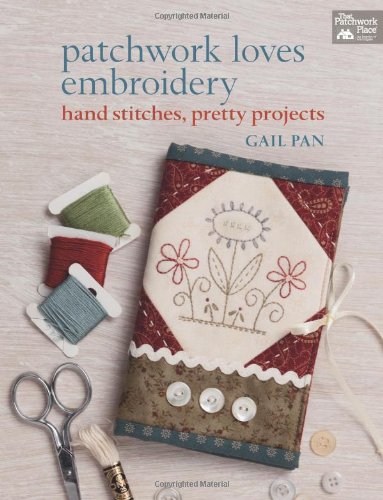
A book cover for Patchwork Loves Embroidery: Hand Stitches, Pretty Projects; Gail Pan; Crafts, Hobbies & Home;